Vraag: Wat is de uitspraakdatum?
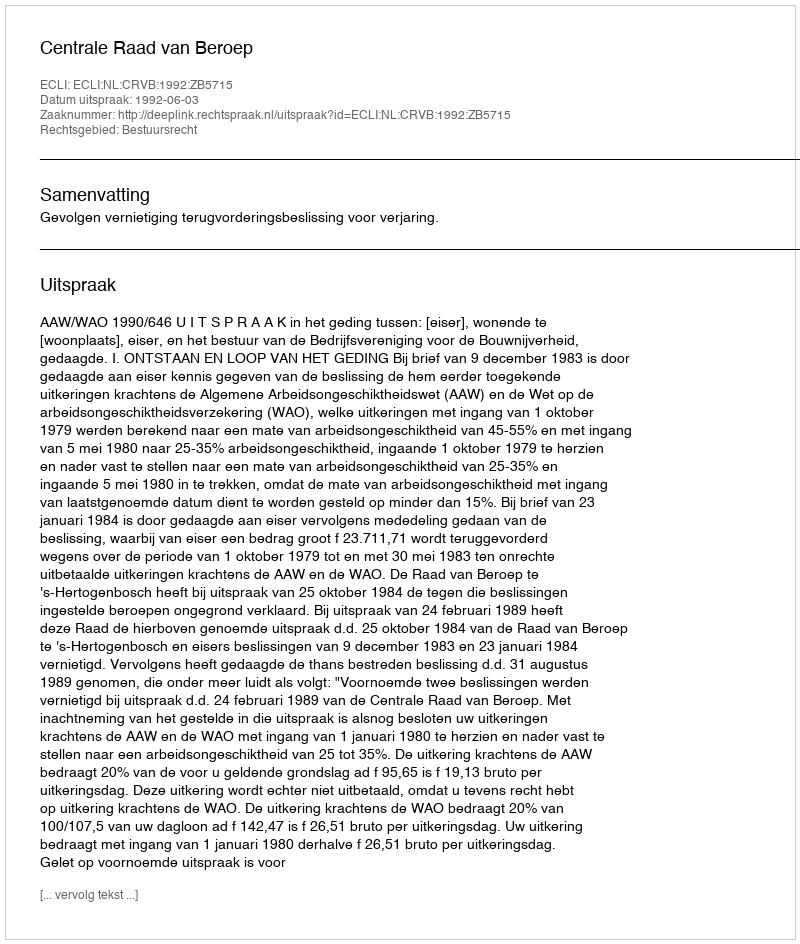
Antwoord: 1992-06-03